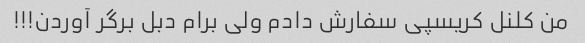
من کلنل کریسپی سفارش دادم ولی برام دبل برگر آوردن!!!